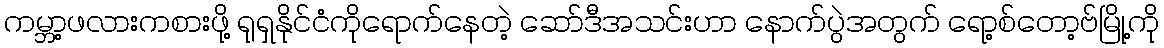
ကမ္ဘာ့ဖလားကစားဖို့ ရုရှနိုင်ငံကိုရောက်နေတဲ့ ဆော်ဒီအသင်းဟာ နောက်ပွဲအတွက် ရော့စ်တော့ဗ်မြို့ကို